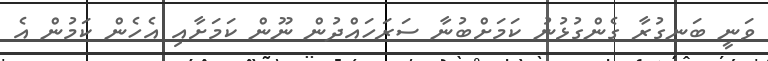
ވަނީ ބަނގުރާ ގެންގުޅުނު ކަމަށްބުނާ ސަރަހައްދުން ނޫން ކަމަށާއި އެހެން ކަމުން އެ